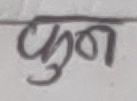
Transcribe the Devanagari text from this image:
कुठ